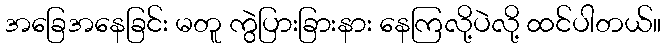
အခြေအနေခြင်း မတူ ကွဲပြားခြားနား နေကြလို့ပဲလို့ ထင်ပါတယ်။